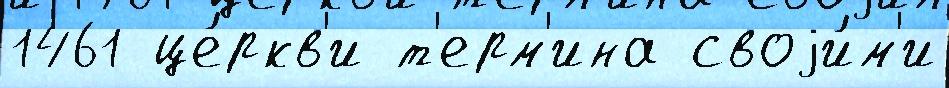
1461 це́ркв'и т'ерм'ина своjи́м'и